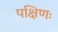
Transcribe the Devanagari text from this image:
पक्षिणः